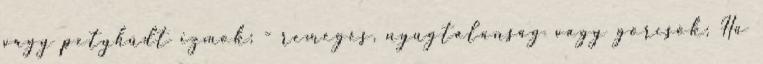
vagy petyhüdt izmok; - remegés, nyugtalanság vagy görcsök; Ha